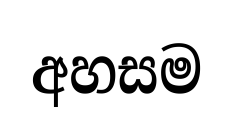
අහසම